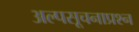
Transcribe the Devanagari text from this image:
अल्पसूचनाप्रश्न